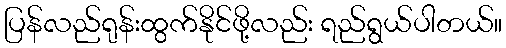
ပြန်လည်ရုန်းထွက်နိုင်ဖို့လည်း ရည်ရွယ်ပါတယ်။